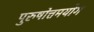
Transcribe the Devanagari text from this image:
पुरुषोत्तमयोग